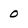
Character: 0